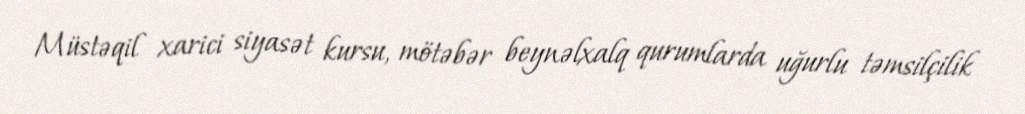
Müstəqil xarici siyasət kursu, mötəbər beynəlxalq qurumlarda uğurlu təmsilçilik